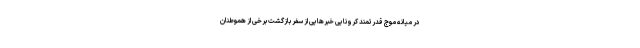
در میانه موج قدرتمند کرونایی خبرهایی از سفر بازگشت برخی از هموطنان